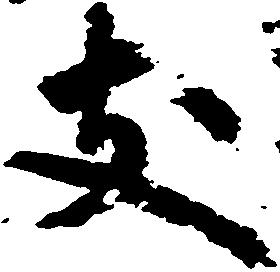
支